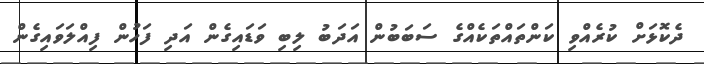
ދެކޮޅަށް ކުރެއްވި ކަންތައްތަކެއްގެ ސަބަބުން އަދަބު ލިބި ވަޑައިގެން އަދި ފަހުން ފިއްލަވައިގެން